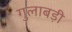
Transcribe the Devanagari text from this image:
गुलाबड़ी